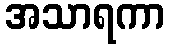
အသာရကာ